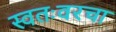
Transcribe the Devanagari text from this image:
स्वतःवरचा